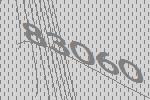
83060